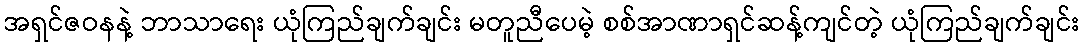
အရှင်ဇဝနနဲ့ ဘာသာရေး ယုံကြည်ချက်ချင်း မတူညီပေမဲ့ စစ်အာဏာရှင်ဆန့်ကျင်တဲ့ ယုံကြည်ချက်ချင်း